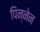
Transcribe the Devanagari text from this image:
पिन्नेन